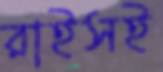
রাইসই